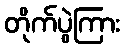
တိုက်ပွဲကြား